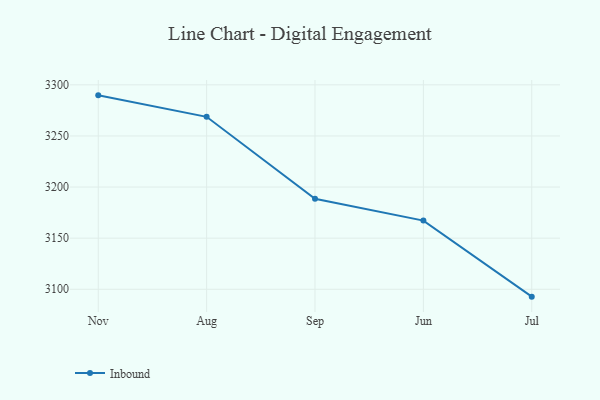
{"axis": {"x": "Month", "y": "Waste Production (Tons)"}, "legend": ["Inbound"], "data": [{"x": "Nov", "y": 3289.7, "type": "Inbound"}, {"x": "Aug", "y": 3268.7, "type": "Inbound"}, {"x": "Sep", "y": 3188.6, "type": "Inbound"}, {"x": "Jun", "y": 3167.2, "type": "Inbound"}, {"x": "Jul", "y": 3092.8, "type": "Inbound"}]}